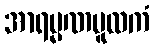
အာရမ္မဏမူလကံ